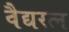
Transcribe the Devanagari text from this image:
वैद्यरत्न